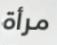
مرأة